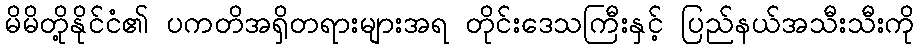
မိမိတို့နိုင်ငံ၏ ပကတိအရှိတရားများအရ တိုင်းဒေသကြီးနှင့် ပြည်နယ်အသီးသီးကို